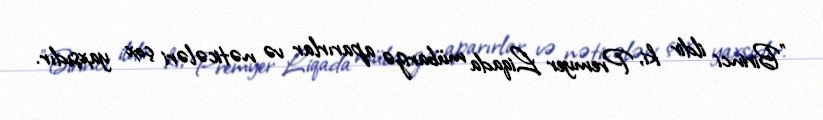
"Birinci ildir ki, Premyer Liqada mübarizə aparırlar və nəticələri çox yaxşıdır.